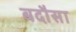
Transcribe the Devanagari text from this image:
बदौसा